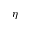
\eta